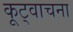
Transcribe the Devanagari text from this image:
कूट्वाचना